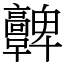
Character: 𩫫